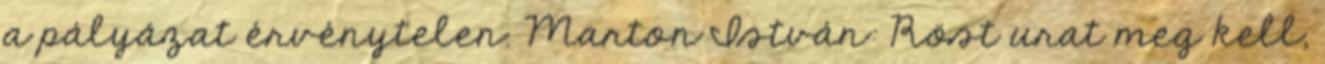
a pályázat érvénytelen. Marton István: Röst urat meg kell,